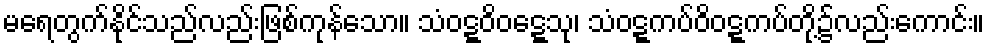
မရေတွက်နိုင်သည်လည်းဖြစ်ကုန်သော။ သံဝဋ္ဋဝိဝဋ္ဋေသု၊ သံဝဋ္ဋကပ်ဝိဝဋ္ဋကပ်တို့၌လည်းကောင်း။